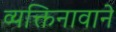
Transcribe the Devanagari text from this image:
व्यक्तिनावाने